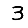
Digit: 3